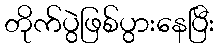
တိုက်ပွဲဖြစ်ပွားနေပြီး